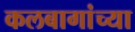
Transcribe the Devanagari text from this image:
कलबागांच्या